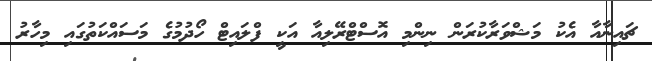
ޗައިނާއާ އެކު މަޝްވަރާކުރަން ނިންމި އޮސްޓްރޭލިއާ އަކީ ފްލައިޓް ހޯދުމުގެ މަސައްކަތުގައި މިހާރު